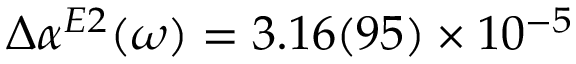
\Delta \alpha ^ { E 2 } ( \omega ) = 3 . 1 6 ( 9 5 ) \times 1 0 ^ { - 5 }